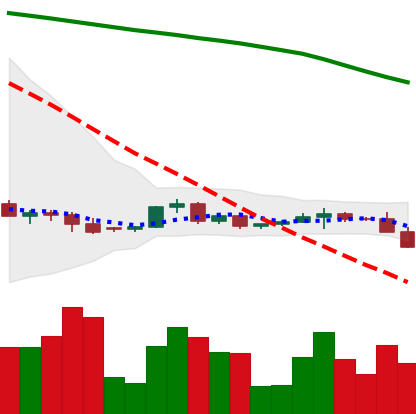
Ticker: XRP-USD
Chart end date: 2022-06-11
Forward return: -13.082%
Label: down_7plus